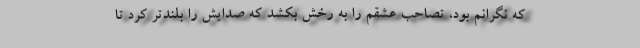
که نگرانم بود، تصاحب عشقم را به رخش بکشد که صدایش را بلندتر کرد تا